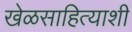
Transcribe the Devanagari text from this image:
खेळसाहित्याशी